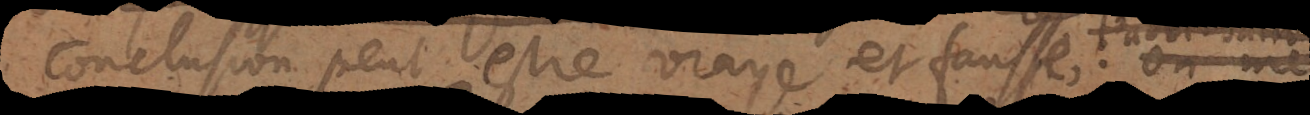
conclusion peut estre vraye et fausse. On me